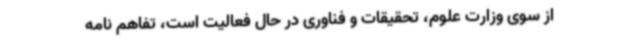
از سوی وزارت علوم، تحقیقات و فناوری در حال فعالیت است، تفاهم نامه